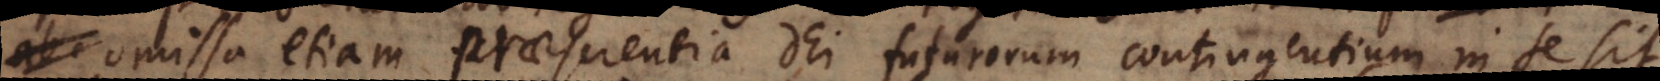
ab omissa etiam praescientia Dei futurorum contingentium in se sit